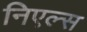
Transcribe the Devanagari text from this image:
निएल्स